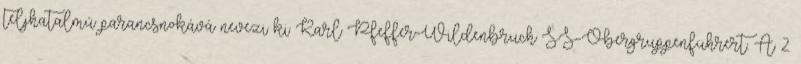
teljhatalmú parancsnokává nevezi ki Karl Pfeffer-Wildenbruch SS-Obergruppenführert. A 2.